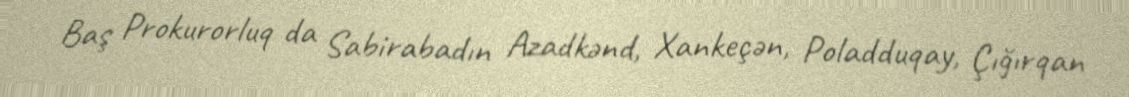
Baş Prokurorluq da Sabirabadın Azadkənd, Xankeçən, Poladduqay, Çığırqan